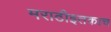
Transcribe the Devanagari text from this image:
मराठीइतकाच